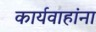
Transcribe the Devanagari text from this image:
कार्यवाहांना